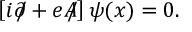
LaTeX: \left[ i \partial \! \! \! / + e A \! \! \! / \right] \psi ( x ) = 0 .